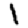
Digit: 1